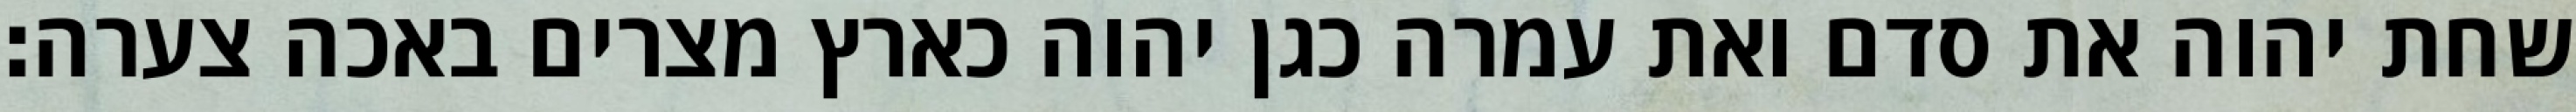
שחת יהוה את סדם ואת עמרה כגן יהוה כארץ מצרים באכה צערה׃